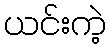
ယင်းကဲ့